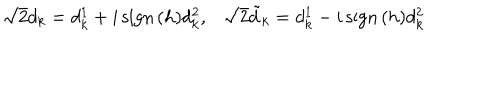
\sqrt { 2 } d _ { k } = d _ { k } ^ { 1 } + i \, \mathrm { s i g n } \, ( h ) d _ { k } ^ { 2 } , \sqrt { 2 } \tilde { d } _ { k } = d _ { k } ^ { 1 } - i \, \mathrm { s i g n } \, ( h ) d _ { k } ^ { 2 }